Civil Veterinary Department Bengal reports 1933-51 - 1933-1951
Year: 1933
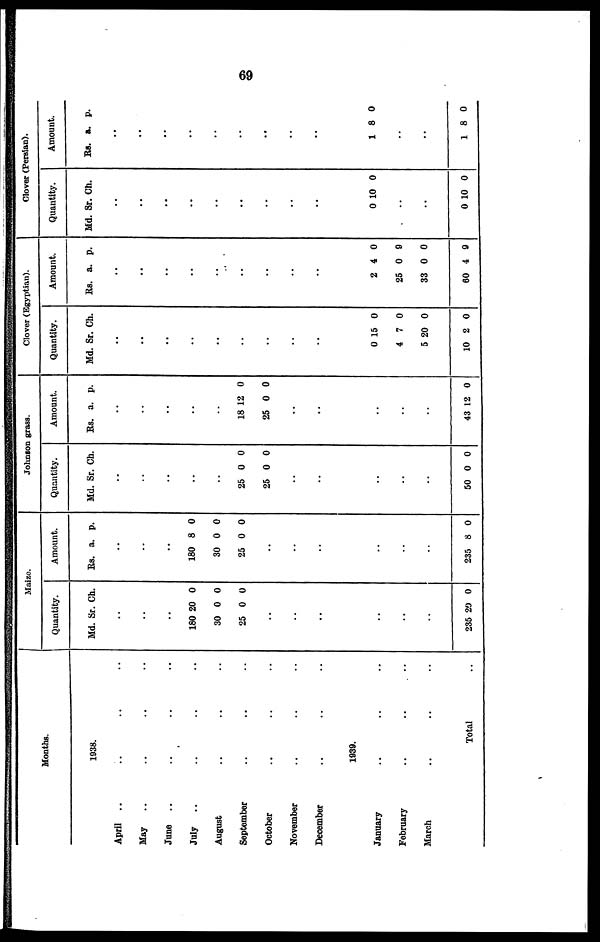
69
Months.
1938.
April .. .. .. ..
May .. .. .. ..
June .. .. .. ..
July .. .. .. ..
August .. .. ..
September .. .. ..
October .. .. ..
November .. .. ..
December .. .. ..
1939.
January .. .. ..
February .. .. ..
March .. .. ..
Total ..
Maize.
Quantity.
Md. Sr. Ch.
..
..
..
180
30
25
20
0
0
0
0
0
..
..
..
..
..
..
..
235 20 0
Amount.
Rs. a. p.
..
..
..
180
30
25
8
0
0
0
0
0
..
..
..
..
..
..
..
235 8 0
Johnson grass.
Quantity.
Md. Sr. Ch.
..
..
..
..
..
25
25
0
0
0
0
..
..
..
..
..
..
50 0 0
Amount.
Rs. a. p.
..
..
..
..
..
18
25
12
0
0
0
..
..
..
..
..
..
43 12 0
Clover (Egyptian).
Quantity.
Md. Sr. Ch.
..
..
..
..
..
..
..
..
..
..
0
4
5
10
15
7
20
2
0
0
0
0
Amount.
Rs. a. p.
..
..
..
..
..
..
..
..
..
..
2
25
33
60
4
0
0
4
0
9
0
9
Clver (Persian).
Quantity.
Md. Sr. Ch.
..
..
..
..
..
..
..
..
..
..
0 10 0
..
..
0 10 0
Amount.
Rs. a. p.
..
..
..
..
..
..
..
..
..
..
1
8 0
..
..
1 8 0